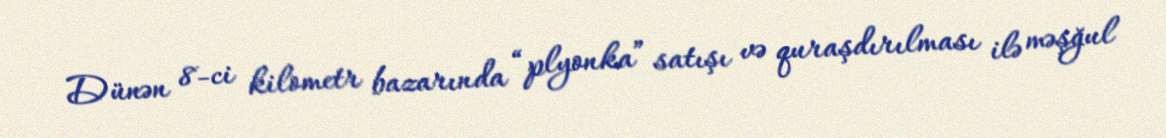
Dünən 8-ci kilometr bazarında “plyonka” satışı və quraşdırılması ilə məşğul